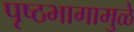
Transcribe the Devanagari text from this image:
पृष्ठभागामुळे